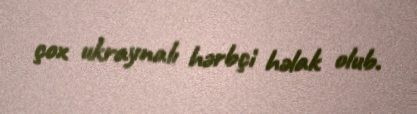
çox ukraynalı hərbçi həlak olub.